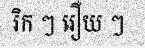
រិក ៗ រឿយ ៗ